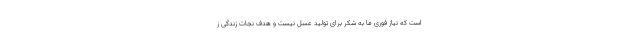
است که نیاز فوری ما به شکر برای تولید عسل نیست و هدف نجات زندگی ز